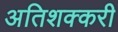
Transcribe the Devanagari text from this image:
अतिशक्करी